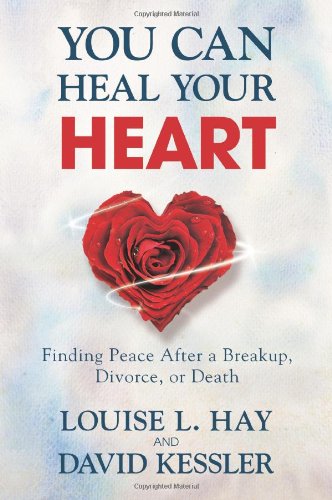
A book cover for You Can Heal Your Heart: Finding Peace After a Breakup, Divorce, or Death; Louise Hay; Parenting & Relationships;